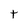
Character: t